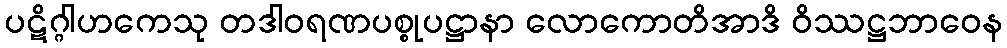
ပဋိဂ္ဂါဟကေသု တဒါဝရဏပစ္စုပဋ္ဌာနာ လောကောတိအာဒိ ဝိဿဋ္ဌဘာဝေန